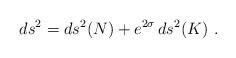
LaTeX: \begin{align*} ds^2 = ds^2(N) + e^{2\sigma}\, ds^2(K)~.\end{align*}